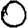
Digit: 0